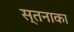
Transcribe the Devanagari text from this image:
स्तनाका